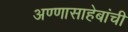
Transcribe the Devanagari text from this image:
अण्णासाहेबांची